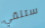
ستلقي